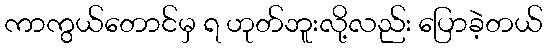
ကာကွယ်တောင်မှ ရ ဟုတ်ဘူးလို့လည်း ပြောခဲ့တယ်